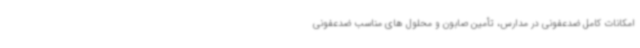
امکانات کامل ضدعفونی در مدارس، تأمین صابون و محلول های مناسب ضدعفونی